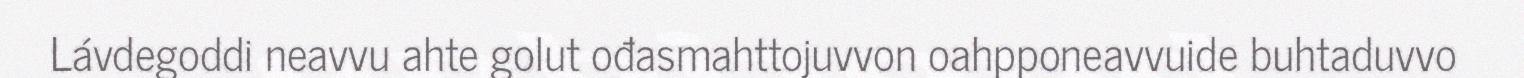
Lávdegoddi neavvu ahte golut ođasmahttojuvvon oahpponeavvuide buhtaduvvo